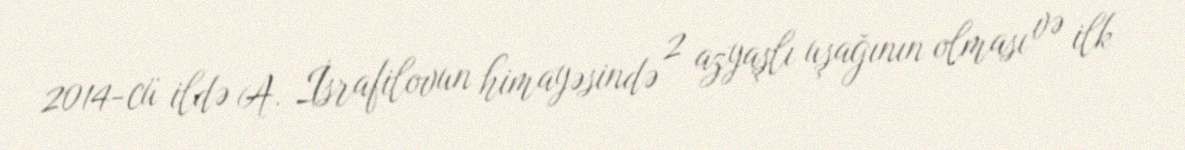
2014-cü ildə A. İsrafilovun himayəsində 2 azyaşlı uşağının olması və ilk